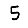
Digit: 5